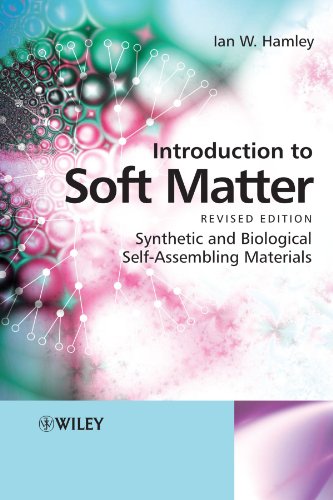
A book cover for Introduction to Soft Matter: Synthetic and Biological Self-Assembling Materials; Ian W. Hamley; Science & Math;